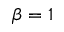
\beta = 1